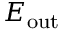
E _ { \mathrm { o u t } }